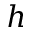
h